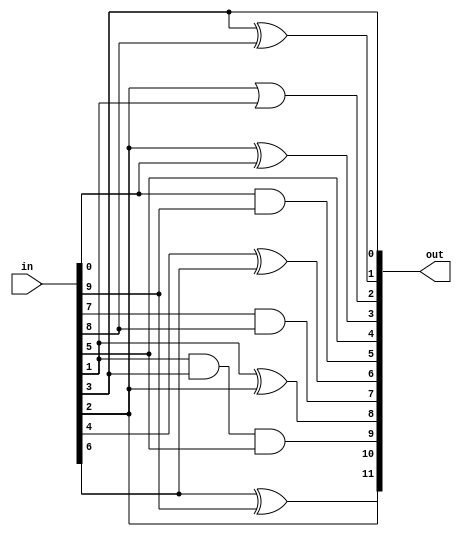
// Just some lfsr that I made. No real reason behind the specific operations.
// More likely to fall between INT.5 and INT+1 than INT and INT.5 i.e. 1.5 - 2 rather than 1 - 1.5 (after converting to decimal and dividning by 100)

module lfsr(in,out);
input [13:0] in;
output reg [11:0] out;

always @(in)
begin

out[0] = in[3];
out[1] = in[3]^in[8];
out[2] = in[2]|in[1];
out[3] = in[2]^in[0];
out[4] = in[5];
out[5] = in[0]&in[9];
out[6] = in[4]^in[6];
out[7] = in[7]&in[8];
out[8] = in[1]^in[2];
out[9] = in[1]&in[3]&in[5];
out[10] = in[2];
out[11] = in[6]^in[9];

end


endmodule